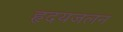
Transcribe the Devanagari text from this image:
हृदयजलन